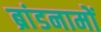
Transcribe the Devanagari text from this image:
ब्रांडनामों